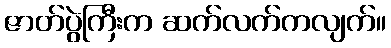
ဇာတ်ပွဲကြီးက ဆက်လက်ကလျက်။